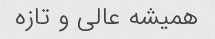
همیشه عالی و‌ تازه